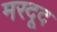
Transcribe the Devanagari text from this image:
मरदूद